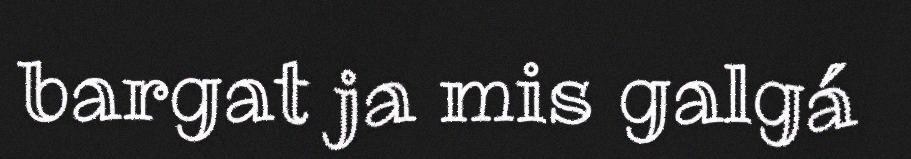
bargat ja mis galgá